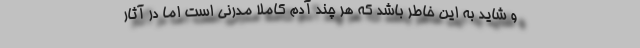
و شاید به این خاطر باشد که هر چند آدم کاملا مدرنی است اما در آثار